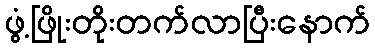
ဖွံ့ဖြိုးတိုးတက်လာပြီးနောက်